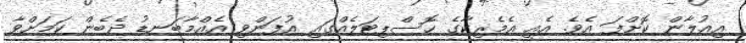
އިއުލާން ކޮށްފަ އެވެ. އެއީ އެމެރިކާގެ ހޮސްޕިޓަލެއްގައި އުފަންވި އެއްމާބަނޑު ދެބެން ކަމަށްވާ